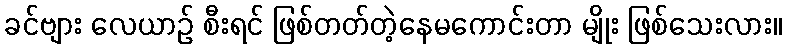
ခင်ဗျား လေယာဉ် စီးရင် ဖြစ်တတ်တဲ့နေမကောင်းတာ မျိုး ဖြစ်သေးလား။